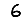
Digit: 6